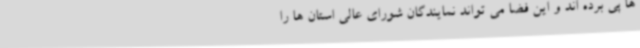
ها پی برده اند و این فضا می تواند نمایندگان شورای عالی استان ها را